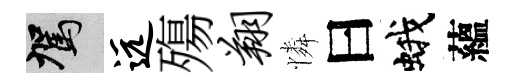
駕远殤翔憐曰蛾蘊